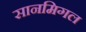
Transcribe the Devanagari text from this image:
सानमिगल